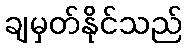
ချမှတ်နိုင်သည်